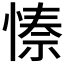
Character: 𭝺